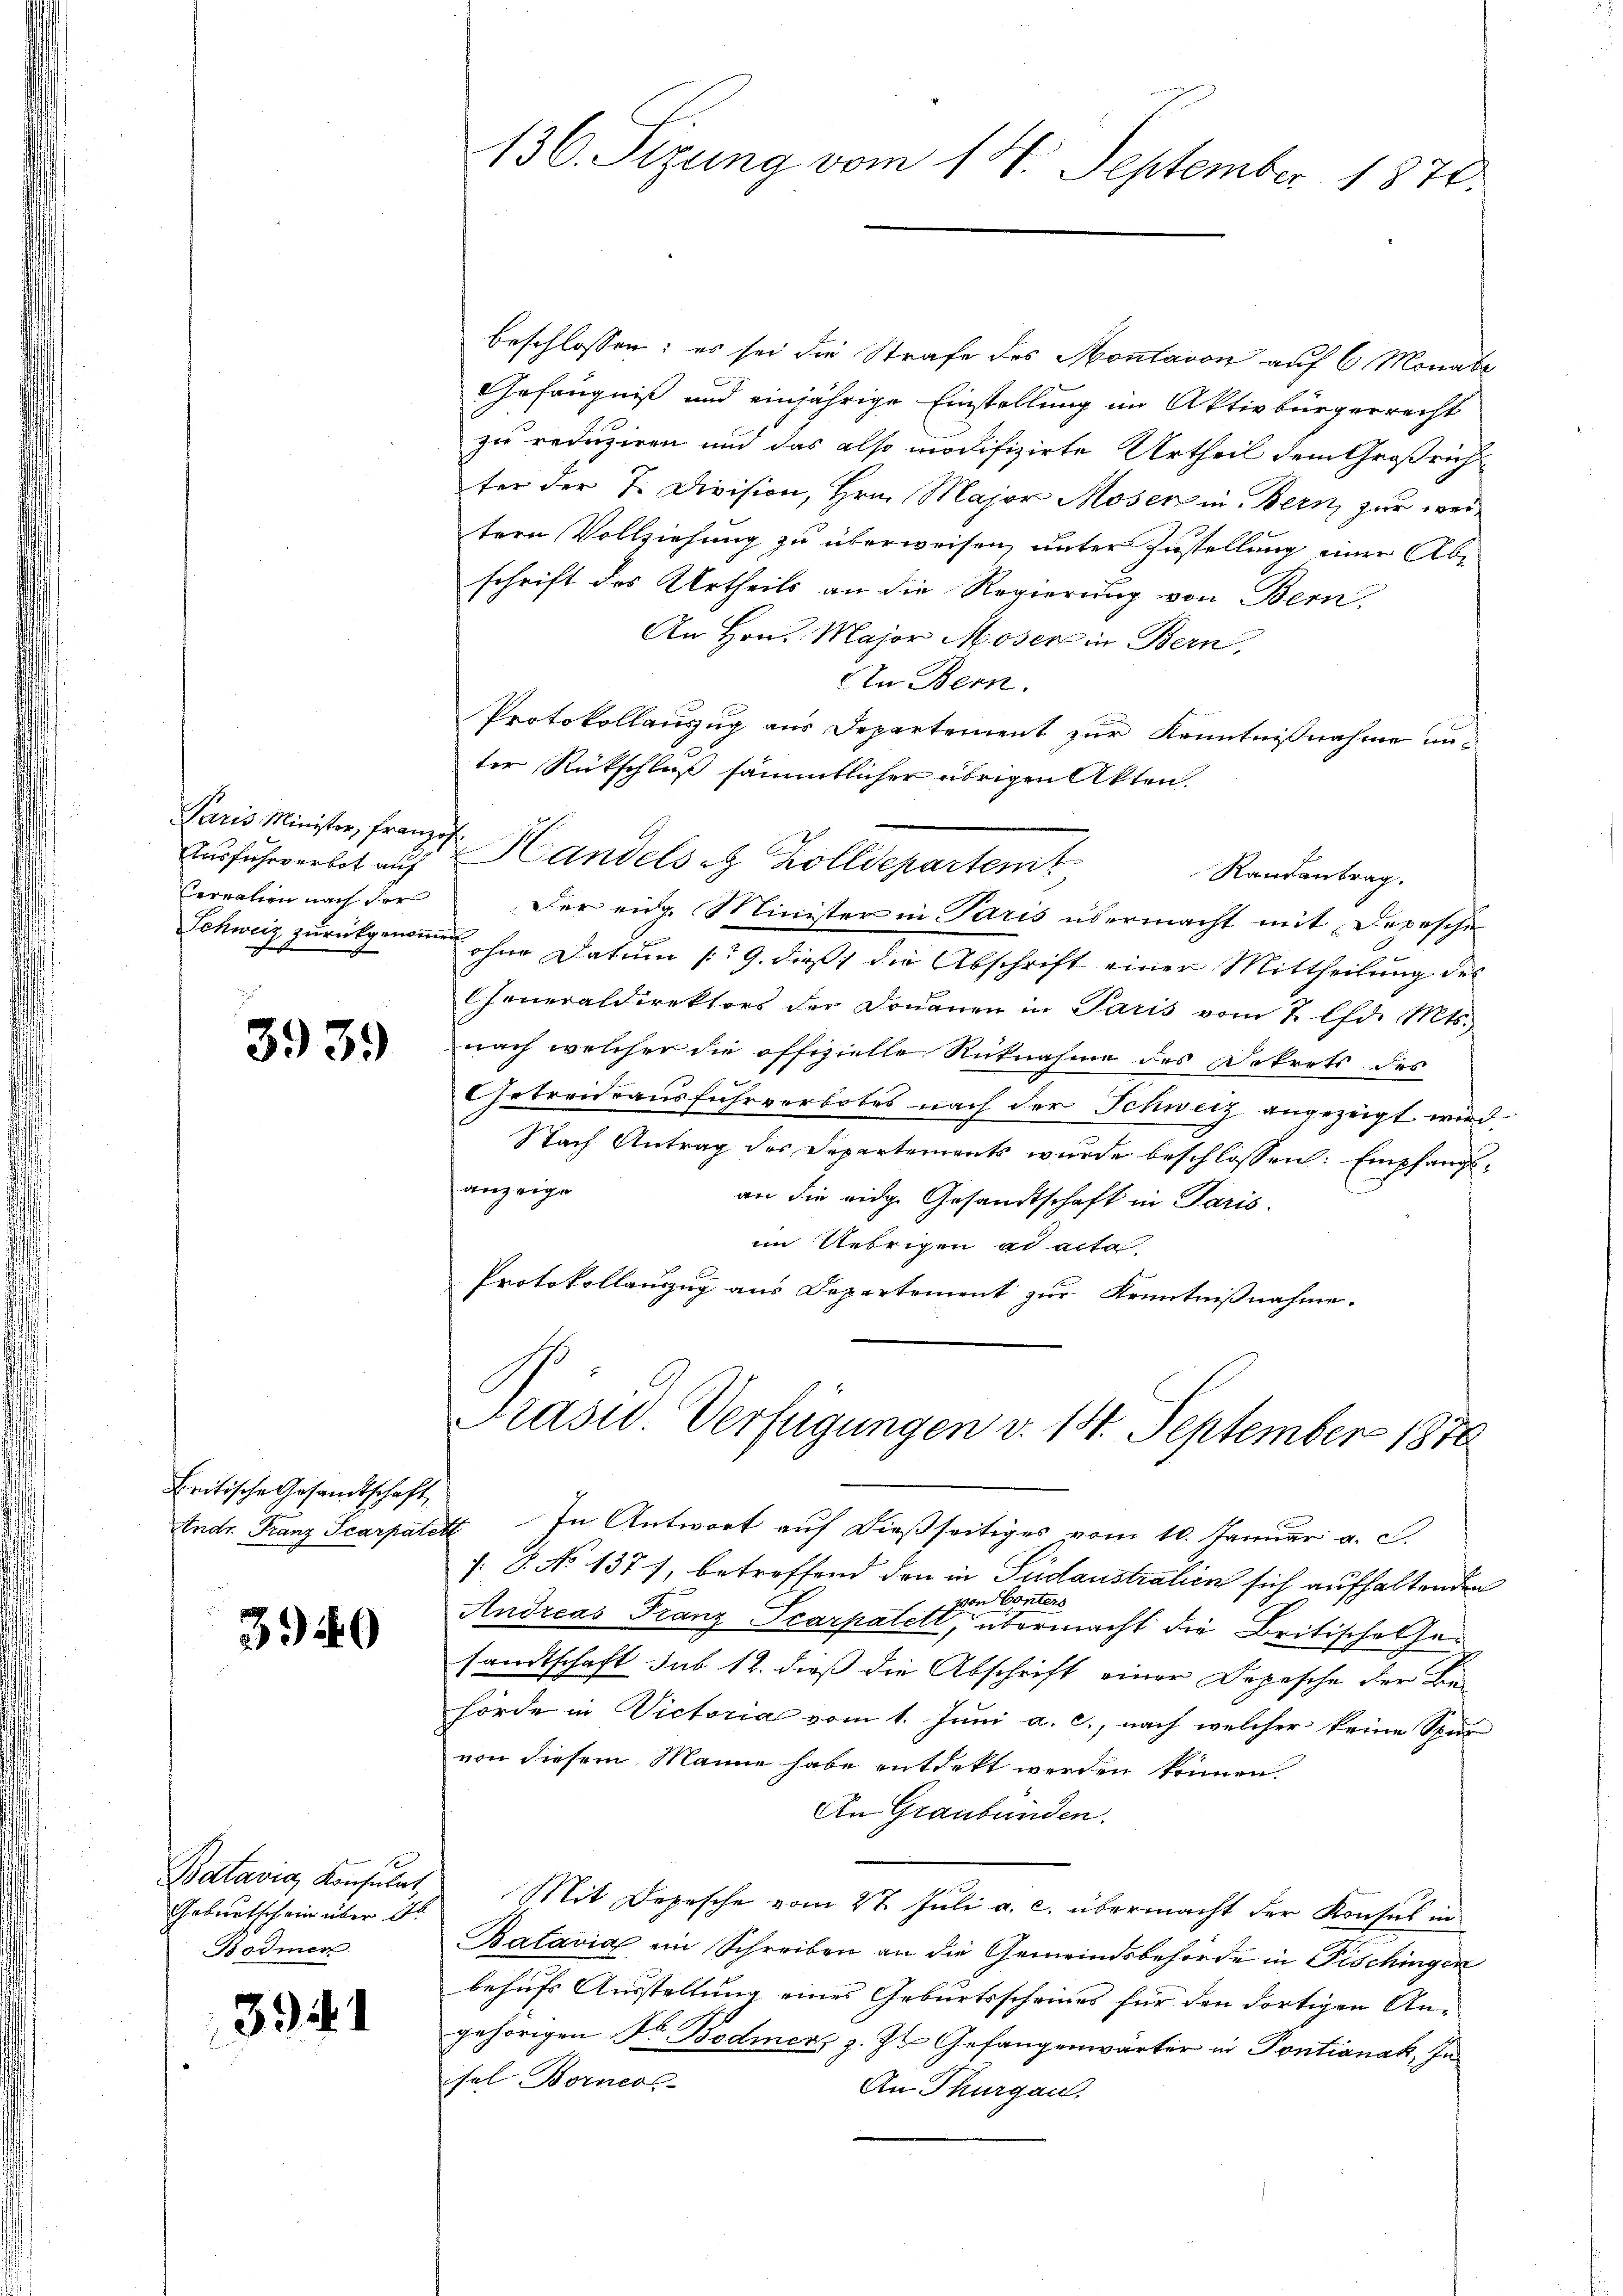
Paris Minister, Franzig
Ausfuhrverbot auf
Cerealien nach der

3939

Britische Gesandtschaft,

3940

Geburtschein über de
odmer

391

beschlossen: es sei die Strafe des Montavon auf 6 Monate
Gefängniß und einjährige Einstellung im Aktivbürgerrecht
zu reduziren und das also modifizirte Urtheil dem Großricht
ter der 7. Division, Hrn. Major Moser in Bern, zur weitern Vollziehung zu überweisen, unter Zustellung einer Abschrift des Urtheils an die Regierung von Bern,
An Hrn. Major Moser in Bern,
In Bern.
Protokollauszug aus Departement zur Kenntnißnahme unter Rückschluß sämmtlicher übrigen Akten.
Der eidg. Minister in Paris übermacht mit Depesche
Schweiz zurückgenoṁen ohne Datum (: 29. dieß die Abschrift einer Mittheilŭng des
Generaldirektors der Donauen in Paris vom 2. lfd. Mts.
nach welcher die offizielle Rücknahme des Dekrets des
Getreideausfuhrverbotes nach der Schweiz angezeigt wird.
Nach Antrag des Departements wurde beschlossen: Empfangsanzeige
an die eidg. Gesandtschaft in Paris.
im Uebrigen ad acte.
Protokollauszug aus Departement zur Kenntnißnahme.
Präsid. Verfügungen d. 14. September 1870
Andr. Franz Scarpatett In Antwort auf dießseitiges vom 10. Januar a. c.
: P. No 1377, betreffend den in Pudaustralien sich aufhaltenden
von Conters
Andreas Franz Scarpatet, übermacht die Britische Gesandtschaft sub 12. dieß die Abschrift einer Depesche der Be-
hörde in Victoria vom 1. Juni a. c., nach welcher keine Spur
von diesem Manne habe entdekt werden können.
An Graubünden.
Batavia Konsulat, Mit Depesche vom 27. Juli a. c. übermacht der Konsul in
Batavia ein Schreiben an die Gemeindsbehörde in Fischingen
behufs Ausstellung eines Geburtsscheines für den dortigen An-
gehörigen Dr. Bodmers z. Zt. Gefangenwärter in Pontianak, In
sel Borners
An Thurgau.

136. Sizung vom 14. September 1876.

Handels z. Zolldepartemt
Randantrag.